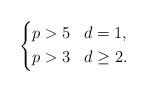
LaTeX: \begin{align*}\left\{\begin{aligned}&p>5&&d=1,\\&p>3&&d\geq 2.\end{aligned}\right.\end{align*}